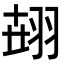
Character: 𦐫